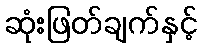
ဆုံးဖြတ်ချက်နှင့်